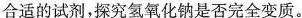
合适的试剂，探究氢氧化钠是否完全变质。